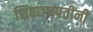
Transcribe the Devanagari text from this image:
शिवछञपतींनी